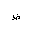
Letter: _za